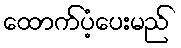
ထောက်ပံ့ပေးမည်